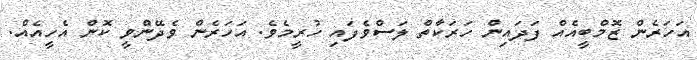
އަހަރެން ޒޮމްބީއެއް ފަދައިން ހަރަކާތް ލަސްވެފައި ހުރީމެވެ. އަހަރެން ވެދޭންވީ ކޮން އެހީއެއް.